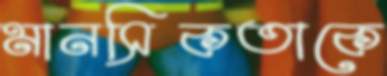
মানসিকতাকে